Illuka_vallavalitsus, lk 13
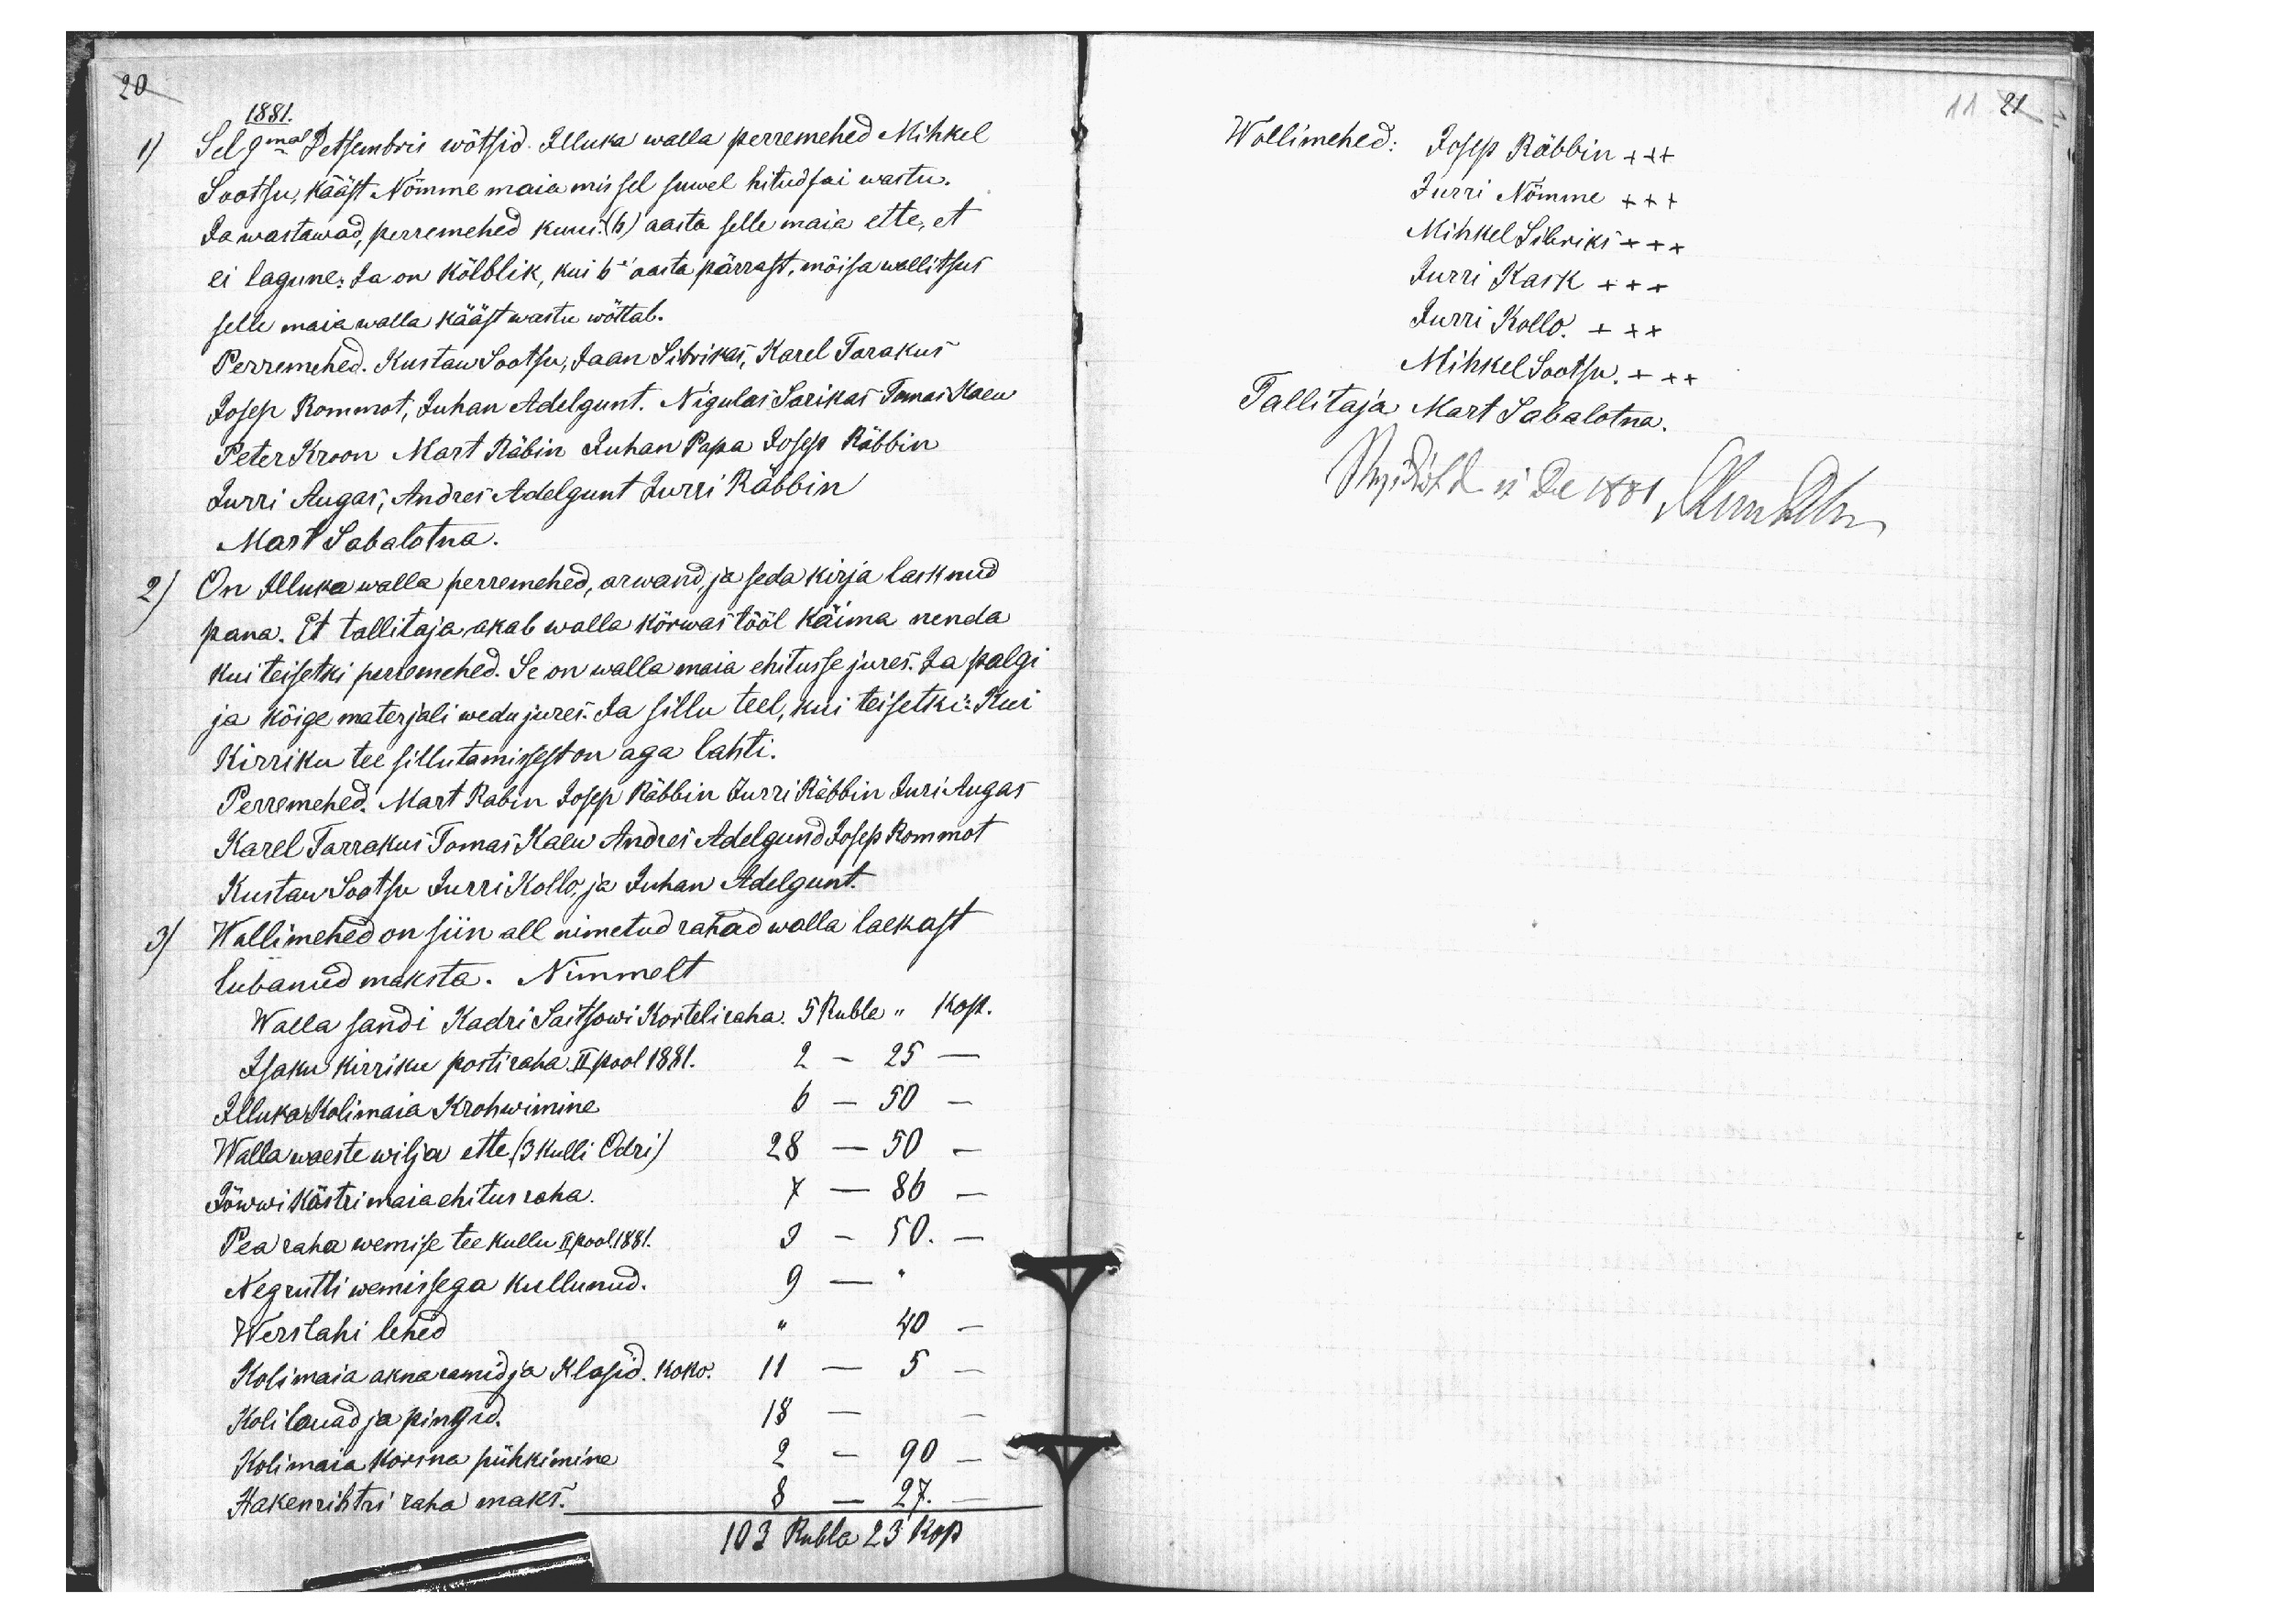
20
1881.
1) Sel 9mal Detsembri wõtsid Illuka walla perremehed Mihkel
Sootsu, kääst Nõmme maia mis sel suwel hitud sai wastu.
Ja wastawad, perremehed kuus. (6) aasta selle maia ette, et
ei lagune. Ja on kõlblik, kui 6e aasta pärrast, mõisa wallitsus
selle maia walla kääst wastu wõttab.
Perremehed. Kustaw Sootsu, Jaan Sibrikas, Karel Tarakus
Josep Rommot, Juhan Adelgunt. Nigulas Sarikas Tomas Kaew
Peter Kroon Mart Räbin Juhan Papa Josep Räbbin
Jurri Augas, Andres Adelgunt Jurri Räbbin
Mart Sabalotna.
2) On Illuka walla perremehed, arwand, ja seda kirja lasknud
pana. Et tallitaja akab walla kõrwas tööl käima nenda
kui teisetki perremehed. Se on walla maia ehitusse jures. Ja palgi
ja kõige materjali wedu jures. Ja sillu teel, kui teisetki: Kui
kirriku tee sillutamissest on aga lahti.
Perremehed. Mart Rabin Josep Räbbin Jurri Räbbin Juri Augas
Karel Tarrakus Tomas Kaew Andres Adelgund Josep Rommot
Kustaw Sootsu Jurri Kollo, ja Juhan Adelgunt.
3) Wollimehed on siin all nimetud rahad walla laekast
lubanud maksta. Nimmelt
Walla sandi Kadri Saitsowi Korteli raha. 5 Rubla " kop.
Isaku kirriku postiraha II pool 1881. 2 - 25 -
Illuka Kolimaia Krohwimine 6 - 50 -
Wallawaeste wilja ette (3 kulli Odri) 28 - 50 -
Jõwwi Köstri maia ehitus raha. 7 - 86 -
Pea raha wemise tee kullu II pool. 1881. 3 - 50. -
Negrutti wemissega kullunud. 9 - "
Werslahi lehed " 40 -
Kolimaia akna ramid ja Klasid. koko. 11 - 5 -
Koli lauad ja pingid. 18 - -
Kolimaia korsna pühkimine 2 - 90 -
Hakenrihtri raha maks. 8 - 27.
103 Rubla 23 kop

11 21

Wollimehed: Josep Räbbin +++
Jurri Nõmme +++
Mihkel Sibriks XXX
Jurri Kask XXX
Jurri Kollo. XXX
Mihkel Sootsu. XXX
Tallitaja Mart Sabalotna